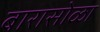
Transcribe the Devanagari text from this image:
बारासोळा